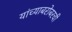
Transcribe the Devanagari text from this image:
यांच्याबरोबरची